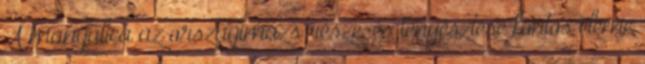
A mangalica az országimázs része, és tenyésztése fontos eleme